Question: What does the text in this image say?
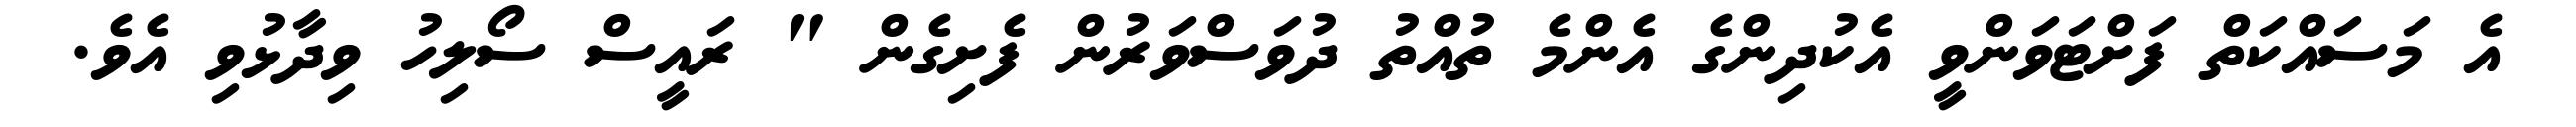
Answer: އެ މަސައްކަތް ފަށްޓަވަންވީ އެކުދިންގެ އެންމެ ތުއްތު ދުވަސްވަރުން ފެށިގެން " ރައީސް ސޯލިހު ވިދާޅުވި އެވެ.